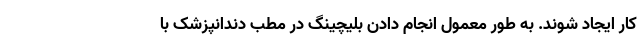
کار ایجاد شوند. به طور معمول انجام دادن بلیچینگ در مطب دندانپزشک با